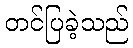
တင်ပြခဲ့သည်